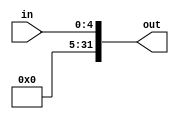
`timescale 1ns / 1ps
//////////////////////////////////////////////////////////////////////////////////
// Company: 
// Engineer: 
// 
// Design Name: 
// Module Name: ZeroExtension5Bit
// Project Name: 
// Target Devices: 
// Tool Versions: 
// Description: 
// 
// Dependencies: 
// 
// Revision:
// Revision 0.01 - File Created
// Additional Comments:
// 
//////////////////////////////////////////////////////////////////////////////////


module ZeroExtension5Bit(in, out);

    /* A 16-Bit input word */
    input [4:0] in;
    
    /* A 32-Bit output word */
    output reg [31:0] out;
    
    always @(*)
    begin
       out = {27'b0, in};
    end
endmodule